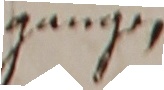
gangen